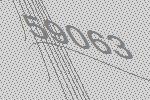
59063